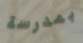
بمدرسة